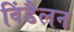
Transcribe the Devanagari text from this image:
विंडैलन